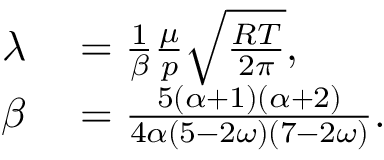
\begin{array} { r l } { \lambda } & { { } = \frac { 1 } { \beta } \frac { \mu } { p } \sqrt { \frac { R T } { 2 \pi } } , } \\ { \beta } & { { } = \frac { { 5 ( \alpha + 1 ) ( \alpha + 2 ) } } { { 4 \alpha ( 5 - 2 \omega ) ( 7 - 2 \omega ) } } . } \end{array}